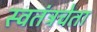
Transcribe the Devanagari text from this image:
स्वतंत्रचेता